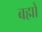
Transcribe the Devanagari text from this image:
बह्मो